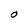
Character: O